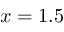
x = 1 . 5